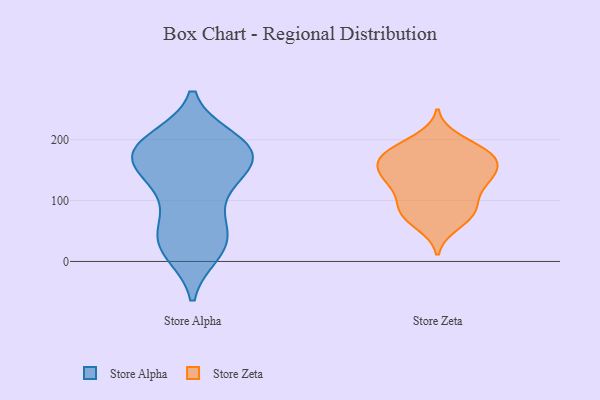
{"axis": {"x": "Waste Production (Tons)", "y": "Value"}, "legend": ["Store Alpha", "Store Zeta"], "data": [{"x": "", "y": 133, "type": "Store Alpha"}, {"x": "", "y": 20, "type": "Store Alpha"}, {"x": "", "y": 146, "type": "Store Alpha"}, {"x": "", "y": 178, "type": "Store Alpha"}, {"x": "", "y": 119, "type": "Store Alpha"}, {"x": "", "y": 40, "type": "Store Alpha"}, {"x": "", "y": 23, "type": "Store Alpha"}, {"x": "", "y": 167, "type": "Store Alpha"}, {"x": "", "y": 200, "type": "Store Alpha"}, {"x": "", "y": 67, "type": "Store Alpha"}, {"x": "", "y": 190, "type": "Store Alpha"}, {"x": "", "y": 194, "type": "Store Alpha"}, {"x": "", "y": 15, "type": "Store Alpha"}, {"x": "", "y": 172, "type": "Store Alpha"}, {"x": "", "y": 188, "type": "Store Alpha"}, {"x": "", "y": 74, "type": "Store Alpha"}, {"x": "", "y": 172, "type": "Store Alpha"}, {"x": "", "y": 35, "type": "Store Alpha"}, {"x": "", "y": 142, "type": "Store Alpha"}, {"x": "", "y": 191, "type": "Store Alpha"}, {"x": "", "y": 176, "type": "Store Zeta"}, {"x": "", "y": 61, "type": "Store Zeta"}, {"x": "", "y": 132, "type": "Store Zeta"}, {"x": "", "y": 131, "type": "Store Zeta"}, {"x": "", "y": 177, "type": "Store Zeta"}, {"x": "", "y": 89, "type": "Store Zeta"}, {"x": "", "y": 178, "type": "Store Zeta"}, {"x": "", "y": 187, "type": "Store Zeta"}, {"x": "", "y": 68, "type": "Store Zeta"}, {"x": "", "y": 167, "type": "Store Zeta"}, {"x": "", "y": 168, "type": "Store Zeta"}, {"x": "", "y": 200, "type": "Store Zeta"}, {"x": "", "y": 91, "type": "Store Zeta"}, {"x": "", "y": 81, "type": "Store Zeta"}, {"x": "", "y": 152, "type": "Store Zeta"}, {"x": "", "y": 126, "type": "Store Zeta"}, {"x": "", "y": 145, "type": "Store Zeta"}, {"x": "", "y": 128, "type": "Store Zeta"}, {"x": "", "y": 88, "type": "Store Zeta"}, {"x": "", "y": 152, "type": "Store Zeta"}]}